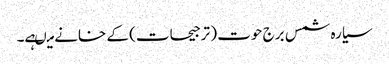
سیارہ شمس برج حوت ( ترجیحات) کے خانے میںہے۔